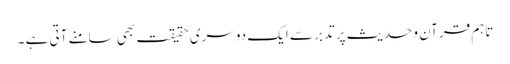
تاہم قرآن وحدیث پر تدبر سے ایک دوسری حقیقت بھی سامنے آتی ہے ۔